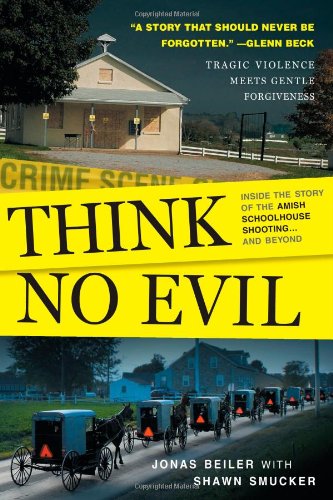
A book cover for Think No Evil: Inside the Story of the Amish Schoolhouse Shooting...and Beyond; Jonas Beiler; Christian Books & Bibles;